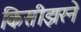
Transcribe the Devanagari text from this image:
किसीझरने